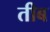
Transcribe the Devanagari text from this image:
तीब